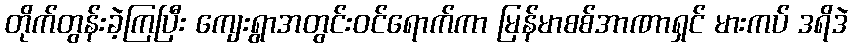
တိုက်တွန်းခဲ့ကြပြီး ကျေးရွာအတွင်းဝင်ရောက်ကာ မြန်မာစစ်အာဏာရှင် မားကပ် ဒရိဒဲ